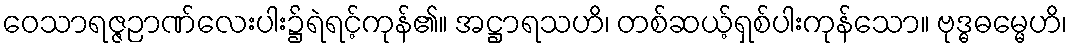
ဝေသာရဇ္ဇဉာဏ်လေးပါး၌ရဲရင့်ကုန်၏။ အဋ္ဌာရသဟိ၊ တစ်ဆယ့်ရှစ်ပါးကုန်သော။ ဗုဒ္ဓဓမ္မေဟိ၊